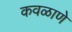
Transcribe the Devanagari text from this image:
कवळाणे